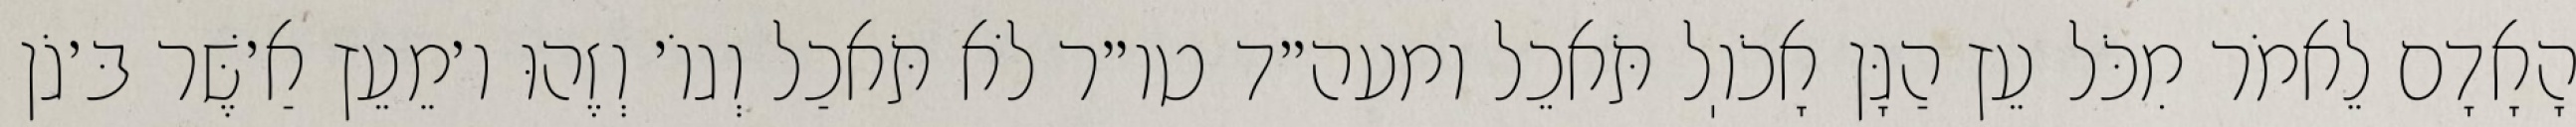
הָאָדָם לֵאמֹר מִכֹּל עֵץ הַגָּן אָכֹוֽל תֹּאכֵל ומעה״ד טו״ר לֹא תֹּאכַל וְגוֹ׳ וְזֶהוּ ו׳מֵעֵץ אַ׳שֶּׁר בּ׳גֹן